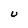
Character: U